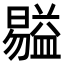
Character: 𥂺